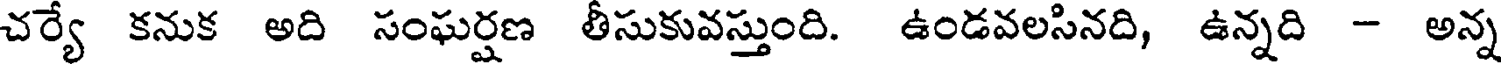
చర్యే కనుక అది సంఘర్షణ తీసుకువస్తుంది. ఉండవలసినది, ఉన్నది - అన్న